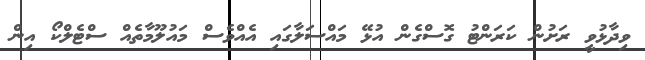
ވިދާޅުވީ ރަށުން ކަރަންޓު ގޮސްގެން އުޅޭ މައްސަލާގައި އެއްވެސް މައުލޫމާތެއް ސްޓެލްކޯ އިން